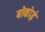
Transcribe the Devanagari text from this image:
बोकोई